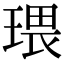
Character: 𤧖